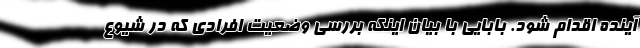
آینده اقدام شود. بابایی با بیان اینکه بررسی وضعیت افرادی که در شیوع